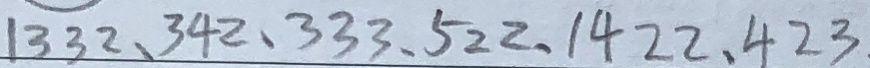
1 3 3 2 、 3 4 2 、 3 3 3 、 5 2 2 、 1 4 2 2 、 4 2 3